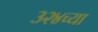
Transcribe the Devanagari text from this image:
३२४च्या